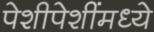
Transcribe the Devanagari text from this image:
पेशीपेशींमध्ये